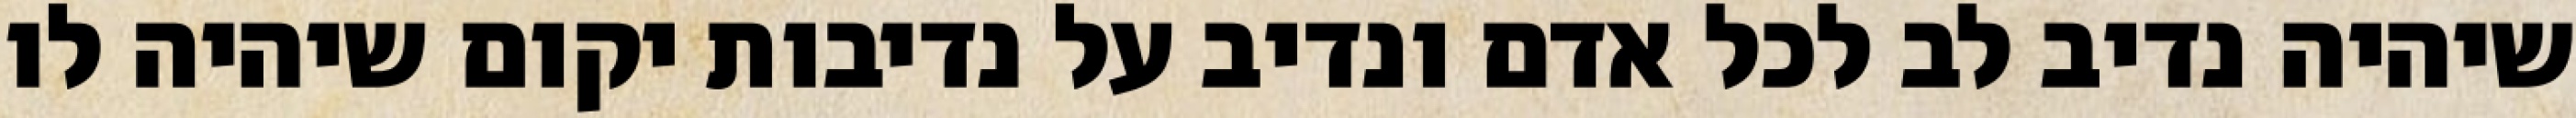
שיהיה נדיב לב לכל אדם ונדיב על נדיבות יקום שיהיה לו